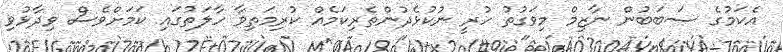
އެކަމުގެ ސަބަބުން ނާޒިމް މިވަގުތު ހުރީ ނުކުޅެދުންތެރިކަމެއް ކުރިމަތިވާ ހާލަތުގައި ކަމަށްވެސް ވިދާޅުވި